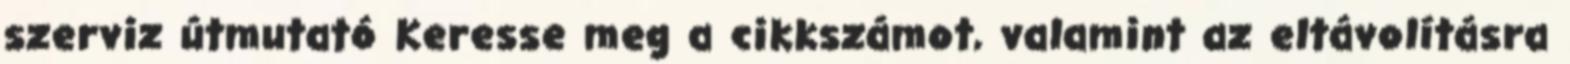
szerviz útmutató Keresse meg a cikkszámot, valamint az eltávolításra